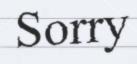
Sorry